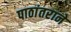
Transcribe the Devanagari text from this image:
पाठांतराने